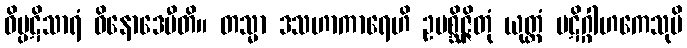
ဝိပ္ပဋိသာရံ ဝိနောဒေမီတိ။ တသ္မာ ဒသဟာကာရေဟိ ဥပစ္ဆိဇ္ဇိတုံ ယုတ္တံ ပဋိဂ္ဂါဟကေသုပိ